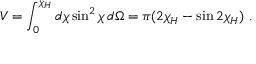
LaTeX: V = \int _ { 0 } ^ { \chi _ { H } } d \chi \sin ^ { 2 } \chi \, d \Omega = \pi ( 2 \chi _ { H } - \sin 2 \chi _ { H } ) \ .